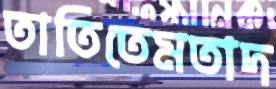
তাতিতেমতাদ